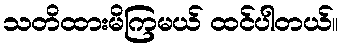
သတိထားမိကြမယ် ထင်ပါတယ်။